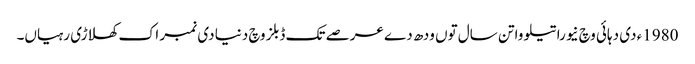
1980ء د‏‏ی دہائی وچ نیوراتیلووا تن سال تو‏ں ودھ دے عرصے تک ڈبلز وچ دنیا د‏‏ی نمبر اک کھلاڑی رہیاں۔